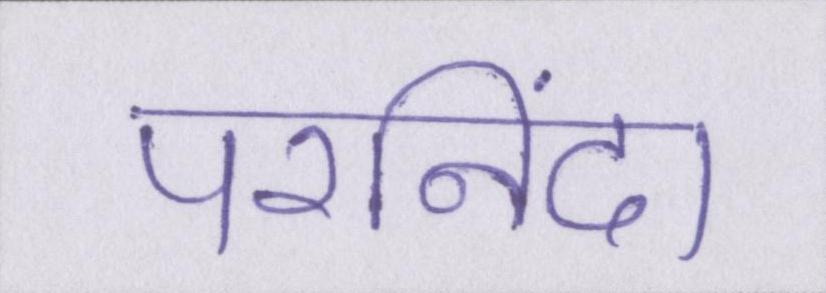
परनिंदा